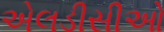
એલડીસીઓ